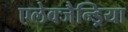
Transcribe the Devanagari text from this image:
एलेक्जैन्ड्रिया